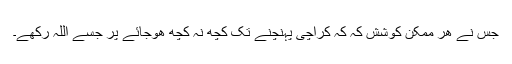
جس نے ھر ممکن کوشش کہ کہ کراچی پہنچنے تک کچھ نہ کچھ ھوجائے پر جسے اللہ رکھے۔